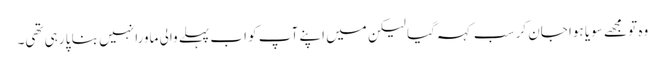
وہ تو مجھے سویا ہوا جان کر سب کہہ گیا لیکن میں اپنے آپ کو اب پہلے والی ماورا نہیں بنا پا رہی تھی۔